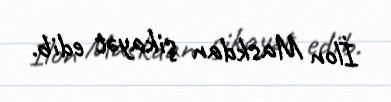
İlon Maskdan şikayət edib.